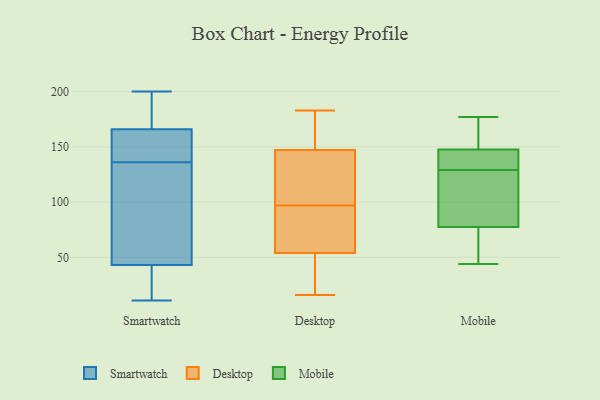
{"axis": {"x": "Churn Rate (%)", "y": "Value"}, "legend": ["Desktop", "Mobile", "Smartwatch"], "data": [{"x": "", "y": 187, "type": "Smartwatch"}, {"x": "", "y": 27, "type": "Smartwatch"}, {"x": "", "y": 43, "type": "Smartwatch"}, {"x": "", "y": 166, "type": "Smartwatch"}, {"x": "", "y": 69, "type": "Smartwatch"}, {"x": "", "y": 11, "type": "Smartwatch"}, {"x": "", "y": 129, "type": "Smartwatch"}, {"x": "", "y": 164, "type": "Smartwatch"}, {"x": "", "y": 163, "type": "Smartwatch"}, {"x": "", "y": 143, "type": "Smartwatch"}, {"x": "", "y": 121, "type": "Smartwatch"}, {"x": "", "y": 200, "type": "Smartwatch"}, {"x": "", "y": 16, "type": "Smartwatch"}, {"x": "", "y": 192, "type": "Smartwatch"}, {"x": "", "y": 24, "type": "Desktop"}, {"x": "", "y": 54, "type": "Desktop"}, {"x": "", "y": 162, "type": "Desktop"}, {"x": "", "y": 116, "type": "Desktop"}, {"x": "", "y": 156, "type": "Desktop"}, {"x": "", "y": 73, "type": "Desktop"}, {"x": "", "y": 49, "type": "Desktop"}, {"x": "", "y": 59, "type": "Desktop"}, {"x": "", "y": 97, "type": "Desktop"}, {"x": "", "y": 183, "type": "Desktop"}, {"x": "", "y": 16, "type": "Desktop"}, {"x": "", "y": 181, "type": "Desktop"}, {"x": "", "y": 121, "type": "Desktop"}, {"x": "", "y": 102, "type": "Desktop"}, {"x": "", "y": 54, "type": "Desktop"}, {"x": "", "y": 55, "type": "Mobile"}, {"x": "", "y": 114, "type": "Mobile"}, {"x": "", "y": 125, "type": "Mobile"}, {"x": "", "y": 141, "type": "Mobile"}, {"x": "", "y": 75, "type": "Mobile"}, {"x": "", "y": 154, "type": "Mobile"}, {"x": "", "y": 154, "type": "Mobile"}, {"x": "", "y": 133, "type": "Mobile"}, {"x": "", "y": 177, "type": "Mobile"}, {"x": "", "y": 44, "type": "Mobile"}, {"x": "", "y": 80, "type": "Mobile"}, {"x": "", "y": 139, "type": "Mobile"}]}